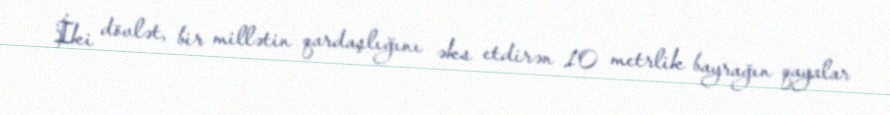
İki dövlət, bir millətin qardaşlığını əks etdirən 10 metrlik bayrağın qayalar